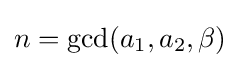
n=\gcd(a_{1},a_{2},\beta )